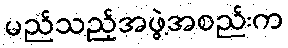
မည်သည့်အဖွဲ့အစည်းက